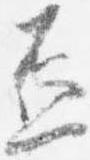
盃